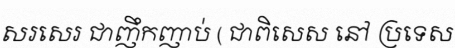
សរសេរ ជាញឹកញាប់ ( ជាពិសេស នៅ ប្រទេស